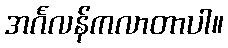
အင်္ဂလန်ကလာတာပါ။